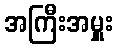
အကြီးအမှူး